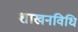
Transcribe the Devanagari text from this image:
शाखनविधि